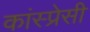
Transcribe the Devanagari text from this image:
कांस्प्रेसी